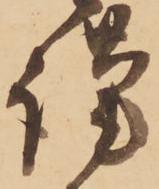
謹